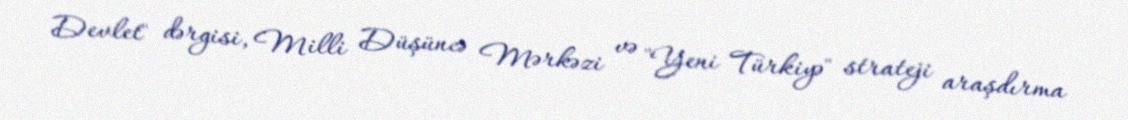
Devlet" dərgisi, Milli Düşüncə Mərkəzi və "Yeni Türkiyə" strateji araşdırma